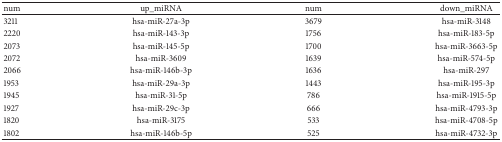
<table><thead><tr><td><b>num</b></td><td><b>up_miRNA</b></td><td><b>num</b></td><td><b>down_miRNA</b></td></tr></thead><tbody><tr><td>3211</td><td>hsa-miR-27a-3p</td><td>3679</td><td>hsa-miR-3148</td></tr><tr><td>2220</td><td>hsa-miR-143-3p</td><td>1756</td><td>hsa-miR-183-5p</td></tr><tr><td>2073</td><td>hsa-miR-145-5p</td><td>1700</td><td>hsa-miR-3663-5p</td></tr><tr><td>2072</td><td>hsa-miR-3609</td><td>1639</td><td>hsa-miR-574-5p</td></tr><tr><td>2066</td><td>hsa-miR-146b-3p</td><td>1636</td><td>hsa-miR-297</td></tr><tr><td>1953</td><td>hsa-miR-29a-3p</td><td>1443</td><td>hsa-miR-195-3p</td></tr><tr><td>1945</td><td>hsa-miR-31-5p</td><td>786</td><td>hsa-miR-1915-5p</td></tr><tr><td>1927</td><td>hsa-miR-29c-3p</td><td>666</td><td>hsa-miR-4793-3p</td></tr><tr><td>1820</td><td>hsa-miR-3175</td><td>533</td><td>hsa-miR-4708-5p</td></tr><tr><td>1802</td><td>hsa-miR-146b-5p</td><td>525</td><td>hsa-miR-4732-3p</td></tr></tbody></table>